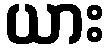
ယား